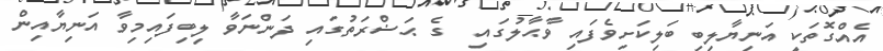
އެއްގޮތަކީ އަނިޔާލިބި ބަލިކަށިވެފައި ވާޙާލުގައި  ގެ ޙަޟްރަތުގައި ދަންނަވާ ލިބިފައިމިވާ އަނިޔާއިން